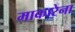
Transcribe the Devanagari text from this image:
माकारेना